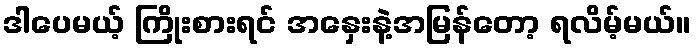
ဒါပေမယ့် ကြိုးစားရင် အနှေးနဲ့အမြန်တော့ ရလိမ့်မယ်။